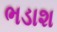
ભડાશ